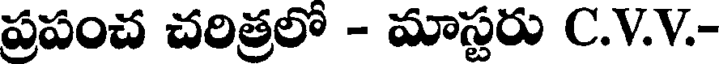
ప్రపంచ చరిత్రలో - మాస్టరు C.V.V.-